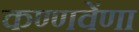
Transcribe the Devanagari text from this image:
कण्णवेंणा